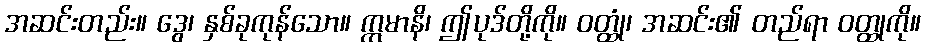
အဆင်းတည်း။ ဒွေ၊ နှစ်ခုကုန်သော။ ဣမာနိ၊ ဤပုဒ်တို့ကို။ ဝတ္ထုံ၊ အဆင်း၏ တည်ရာ ဝတ္ထုကို။